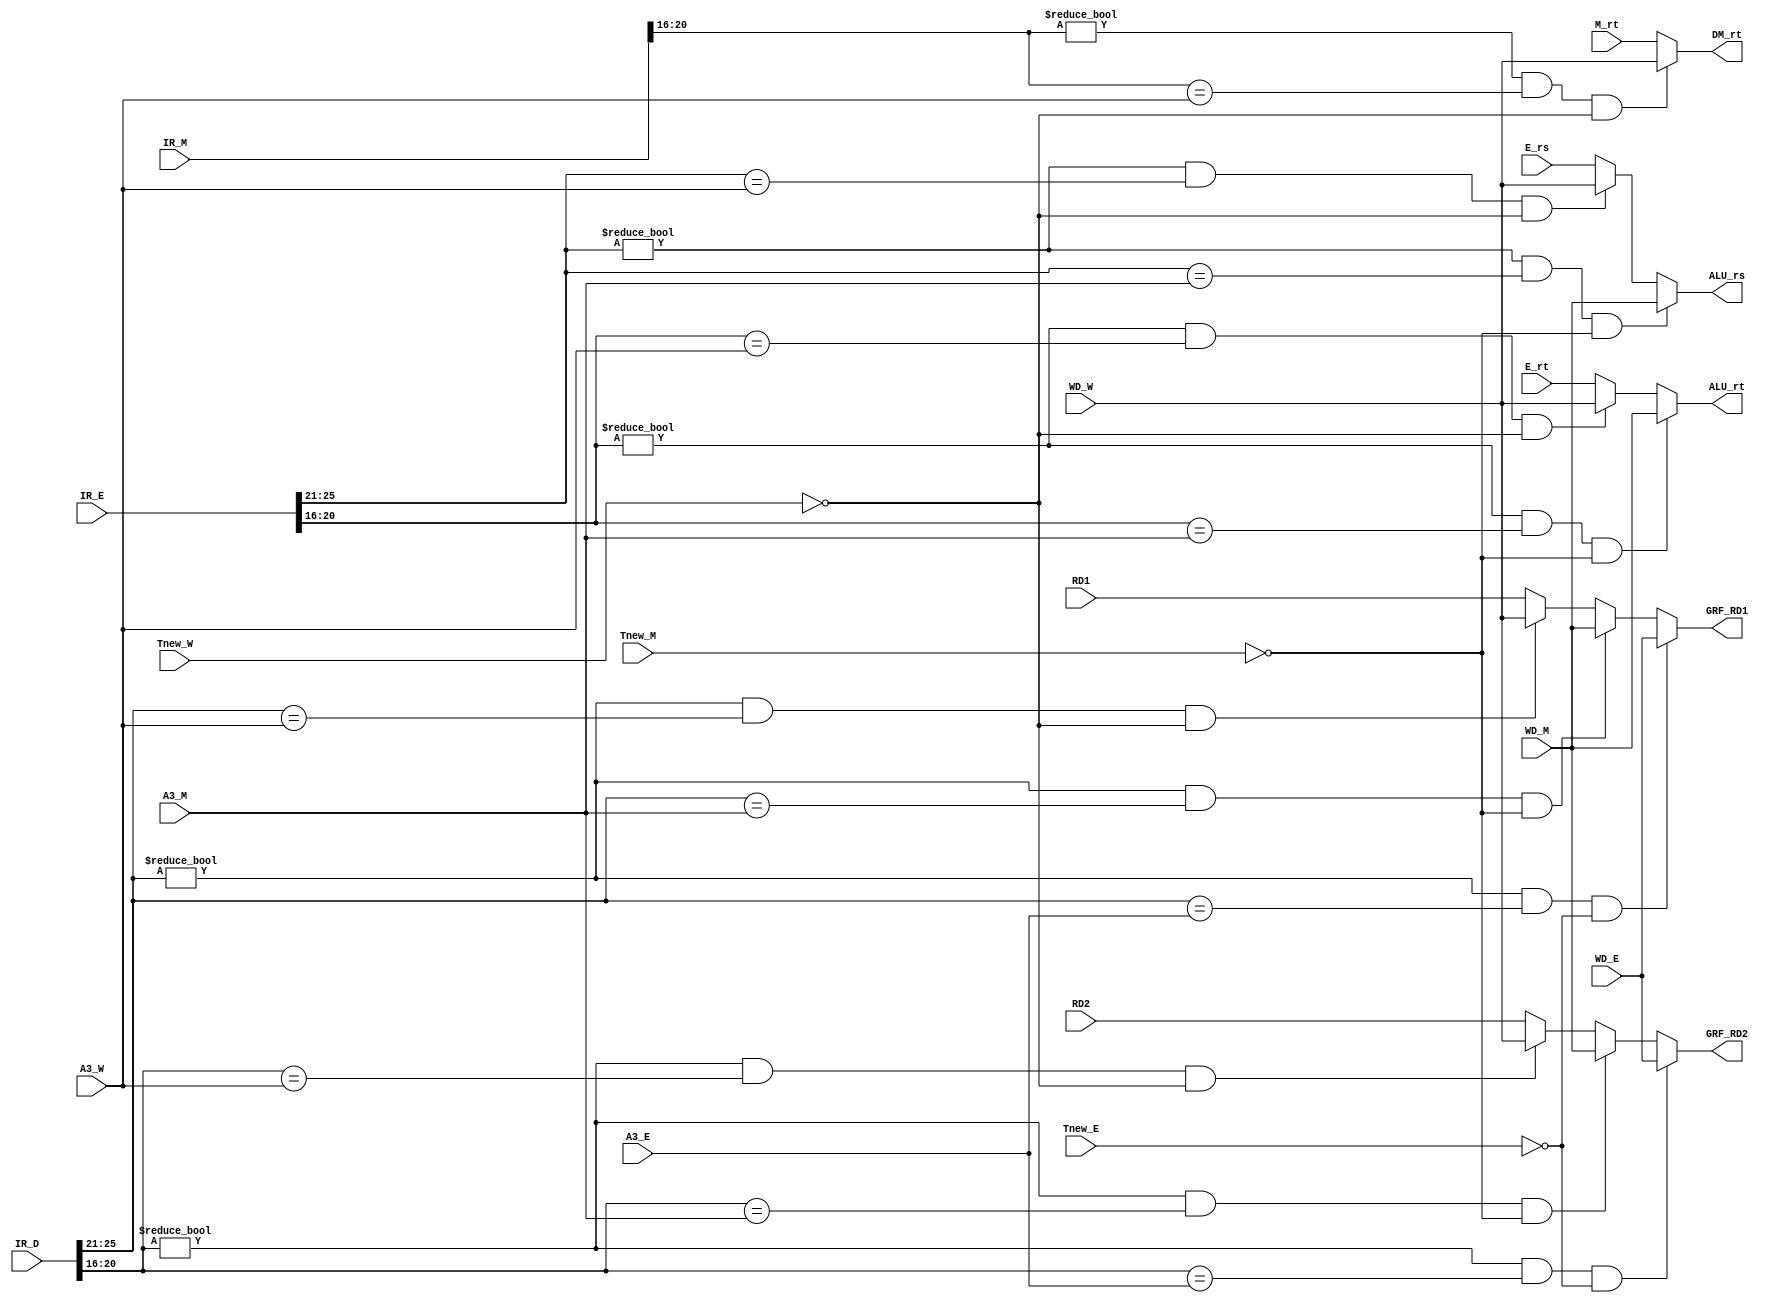
`timescale 1ns / 1ps
`define op 31:26
`define func 5:0
`define rs 25:21
`define rt 20:16
`define rd 15:11
//////////////////////////////////////////////////////////////////////////////////
// Company: 
// Engineer: 
// 
// Design Name: 
// Module Name:    FWD_module 
// Project Name: 
// Target Devices: 
// Tool versions: 
// Description: 
//
// Dependencies: 
//
// Revision: 
// Revision 0.01 - File Created
// Additional Comments: 
//
//////////////////////////////////////////////////////////////////////////////////
module FWD_module(
    input [31:0] IR_D,
    input [31:0] IR_E,
    input [31:0] IR_M,
	 input [31:0] RD1,
	 input [31:0] RD2,
	 input [31:0] E_rs,
	 input [31:0] E_rt,
	 input [31:0] M_rt,
	 input [31:0] WD_W,
	 input [31:0] WD_M,
	 input [31:0] WD_E,
	 input [1:0] Tnew_E,
	 input [1:0] Tnew_M,
	 input [1:0] Tnew_W,
	 input [4:0] A3_E,
	 input [4:0] A3_M,
	 input [4:0] A3_W,
	 output [31:0] GRF_RD1,
	 output [31:0] GRF_RD2,
	 output [31:0] ALU_rs,
	 output [31:0] ALU_rt,
	 output [31:0] DM_rt
    );
	
	assign GRF_RD1 = ((IR_D[`rs] != 0) & (IR_D[`rs] == A3_E) & (Tnew_E == 0))?WD_E:
						  ((IR_D[`rs] != 0) & (IR_D[`rs] == A3_M) & (Tnew_M == 0))?WD_M:
						  ((IR_D[`rs] != 0) & (IR_D[`rs] == A3_W) & (Tnew_W == 0))?WD_W:RD1;
	assign GRF_RD2 = ((IR_D[`rt] != 0) & (IR_D[`rt] == A3_E) & (Tnew_E == 0))?WD_E:
						  ((IR_D[`rt] != 0) & (IR_D[`rt] == A3_M) & (Tnew_M == 0))?WD_M:
						  ((IR_D[`rt] != 0) & (IR_D[`rt] == A3_W) & (Tnew_W == 0))?WD_W:RD2;
	assign ALU_rs = ((IR_E[`rs] != 0) & (IR_E[`rs] == A3_M) & (Tnew_M == 0))?WD_M:
						 ((IR_E[`rs] != 0) & (IR_E[`rs] == A3_W) & (Tnew_W == 0))?WD_W:E_rs;
	assign ALU_rt = ((IR_E[`rt] != 0) & (IR_E[`rt] == A3_M) & (Tnew_M == 0))?WD_M:
						 ((IR_E[`rt] != 0) & (IR_E[`rt] == A3_W) & (Tnew_W == 0))?WD_W:E_rt;	
	assign DM_rt = ((IR_M[`rt] != 0) & (IR_M[`rt] == A3_W) & (Tnew_W == 0))?WD_W:M_rt;
							  
endmodule